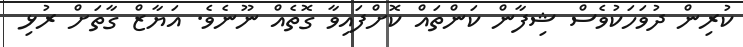
ކުރިން ދުވަހަކުވެސް ޝިފާން ކަންތައް ކޮށްފައިވާ ގޮތެއް ނޫނެވެ. އަޔާޒް ގާތަށް ރުޅި